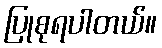
ပြုစုရပါတယ်။